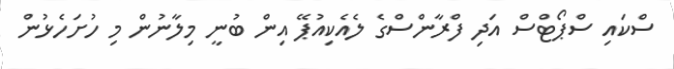
ސްކައި ސްޕޯޓްސް އަދި ފްރާންސްގެ ލެއެކިއުޕޭ އިން ބުނީ މިލާނުން މި ހުށަހެޅުން